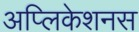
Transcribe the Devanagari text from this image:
अप्लिकेशनस